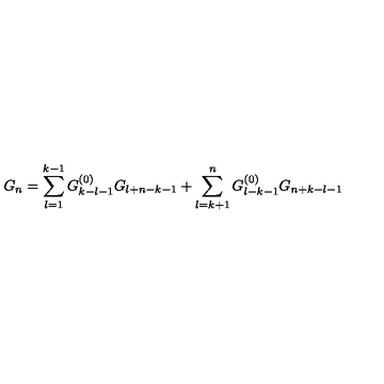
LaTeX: G _ { n } = \sum _ { l = 1 } ^ { k - 1 } G _ { k - l - 1 } ^ { ( 0 ) } G _ { l + n - k - 1 } + \sum _ { l = k + 1 } ^ { n } G _ { l - k - 1 } ^ { ( 0 ) } G _ { n + k - l - 1 }